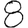
Digit: 8